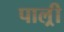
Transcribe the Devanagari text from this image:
पाल्र्री